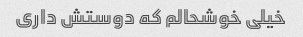
خیلی خوشحالم که دوستش داری